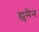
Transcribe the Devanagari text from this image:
ह्युमैन